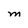
Character: M